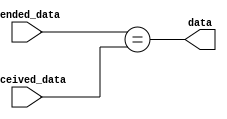
`timescale 1ns / 1ps
//////////////////////////////////////////////////////////////////////////////////
// Company: 
// Engineer: 
// 
// Design Name: 
// Module Name: compare_module
// Project Name: 
// Target Devices: 
// Tool Versions: 
// Description: 
// 
// Dependencies: 
// 
// Revision:
// Revision 0.01 - File Created
// Additional Comments:
// 
//////////////////////////////////////////////////////////////////////////////////


module compare_module(

    input [22:0]    sended_data,
    input [22:0]    received_data,

    output          data
    );

assign data = (sended_data == received_data);

endmodule